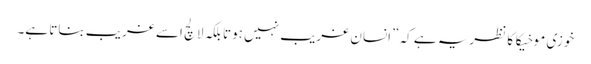
خوزی موخیکا کا نظریہ ہے کہ ”انسان غریب نہیں ہوتا بلکہ لالچ اسے غریب بناتا ہے۔